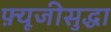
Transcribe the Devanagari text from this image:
फ़्यूजीसुद्धा